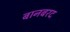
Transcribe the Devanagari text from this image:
बानबरद